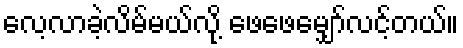
လေ့လာခဲ့လိမ်မယ်လို့ ဖေဖေမျှော်လင့်တယ်။